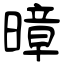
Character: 暲